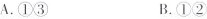
A.①③ B.①②